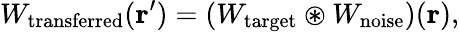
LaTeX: W_{\mathrm{transferred}}(\textbf{r}^{\prime})=\left(W_{\mathrm{target}}\circledast W_{\mathrm{noise}}\right)(\textbf{r}),